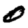
Digit: 0